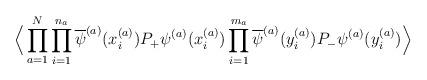
LaTeX: \begin{align*}\Big\langle \prod_{a=1}^N\prod_{i=1}^{n_a} \overline{\psi}^{(a)}(x^{(a)}_i )P_+ \psi^{(a)}(x^{(a)}_i )\prod_{i=1}^{m_a} \overline{\psi}^{(a)}(y^{(a)}_i )P_- \psi^{(a)}(y^{(a)}_i ) \Big\rangle\end{align*}